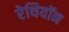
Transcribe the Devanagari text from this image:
रेथियॉन